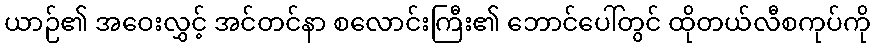
ယာဉ်၏ အဝေးလွှင့် အင်တင်နာ စလောင်းကြီး၏ ဘောင်ပေါ်တွင် ထိုတယ်လီစကုပ်ကို